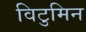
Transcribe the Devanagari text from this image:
विटुमिन